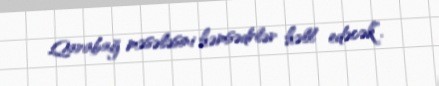
Qarabağ məsələsini həmsədrlər həll edəcək”.